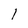
Character: 1